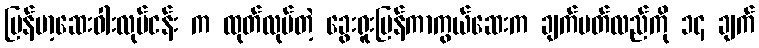
မြန်မာ့ဆေးဝါးလုပ်ငန်း က ထုတ်လုပ်တဲ့ ခွေးရူးပြန်ကာကွယ်ဆေးက ချက်ပတ်လည်ကို ၁၄ ချက်